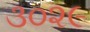
૩૦૨૯